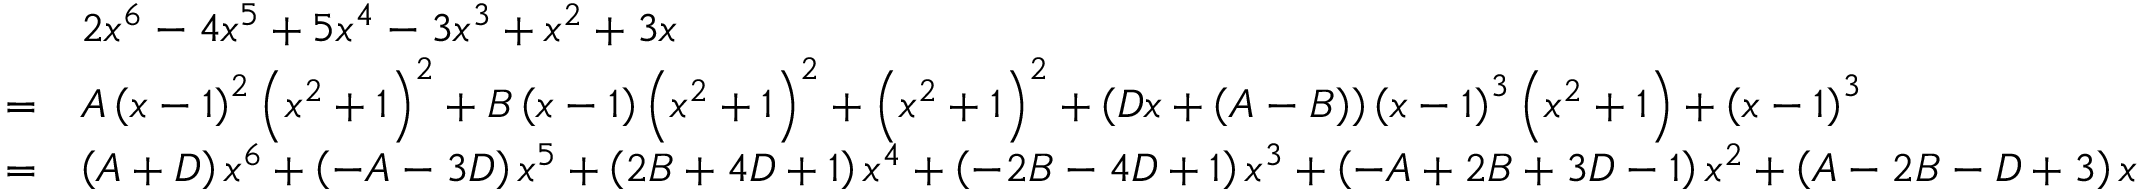
{ \begin{array} { r l } & { 2 x ^ { 6 } - 4 x ^ { 5 } + 5 x ^ { 4 } - 3 x ^ { 3 } + x ^ { 2 } + 3 x } \\ { = } & { A \left( x - 1 \right) ^ { 2 } \left( x ^ { 2 } + 1 \right) ^ { 2 } + B \left( x - 1 \right) \left( x ^ { 2 } + 1 \right) ^ { 2 } + \left( x ^ { 2 } + 1 \right) ^ { 2 } + \left( D x + \left( A - B \right) \right) \left( x - 1 \right) ^ { 3 } \left( x ^ { 2 } + 1 \right) + \left( x - 1 \right) ^ { 3 } } \\ { = } & { \left( A + D \right) x ^ { 6 } + \left( - A - 3 D \right) x ^ { 5 } + \left( 2 B + 4 D + 1 \right) x ^ { 4 } + \left( - 2 B - 4 D + 1 \right) x ^ { 3 } + \left( - A + 2 B + 3 D - 1 \right) x ^ { 2 } + \left( A - 2 B - D + 3 \right) x } \end{array} }